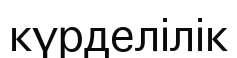
күрделілік